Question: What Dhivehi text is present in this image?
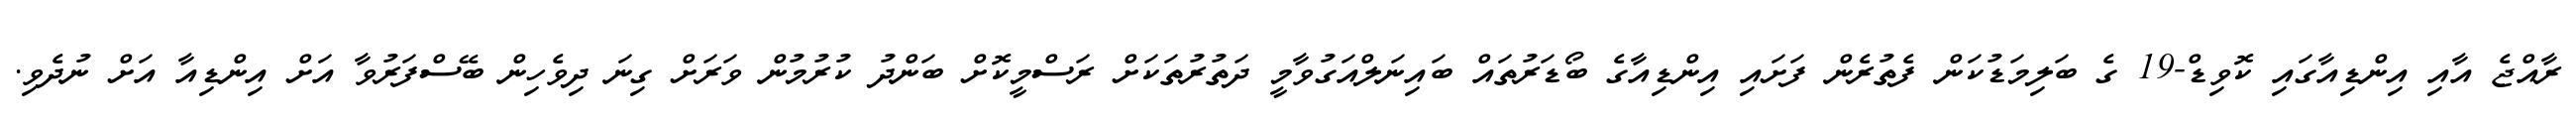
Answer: ރާއްޖެ އާއި އިންޑިއާގައި ކޮވިޑް-19 ގެ ބަލިމަޑުކަން ފެތުރެން ފަށައި އިންޑިއާގެ ބޯޑަރުތައް ބައިނަލްއަގުވާމީ ދަތުރުތަކަށް ރަސްމީކޮށް ބަންދު ކުރުމުން ވަރަށް ގިނަ ދިވެހިން ބޭސްފަރުވާ އަށް އިންޑިއާ އަށް ނުދެވި.